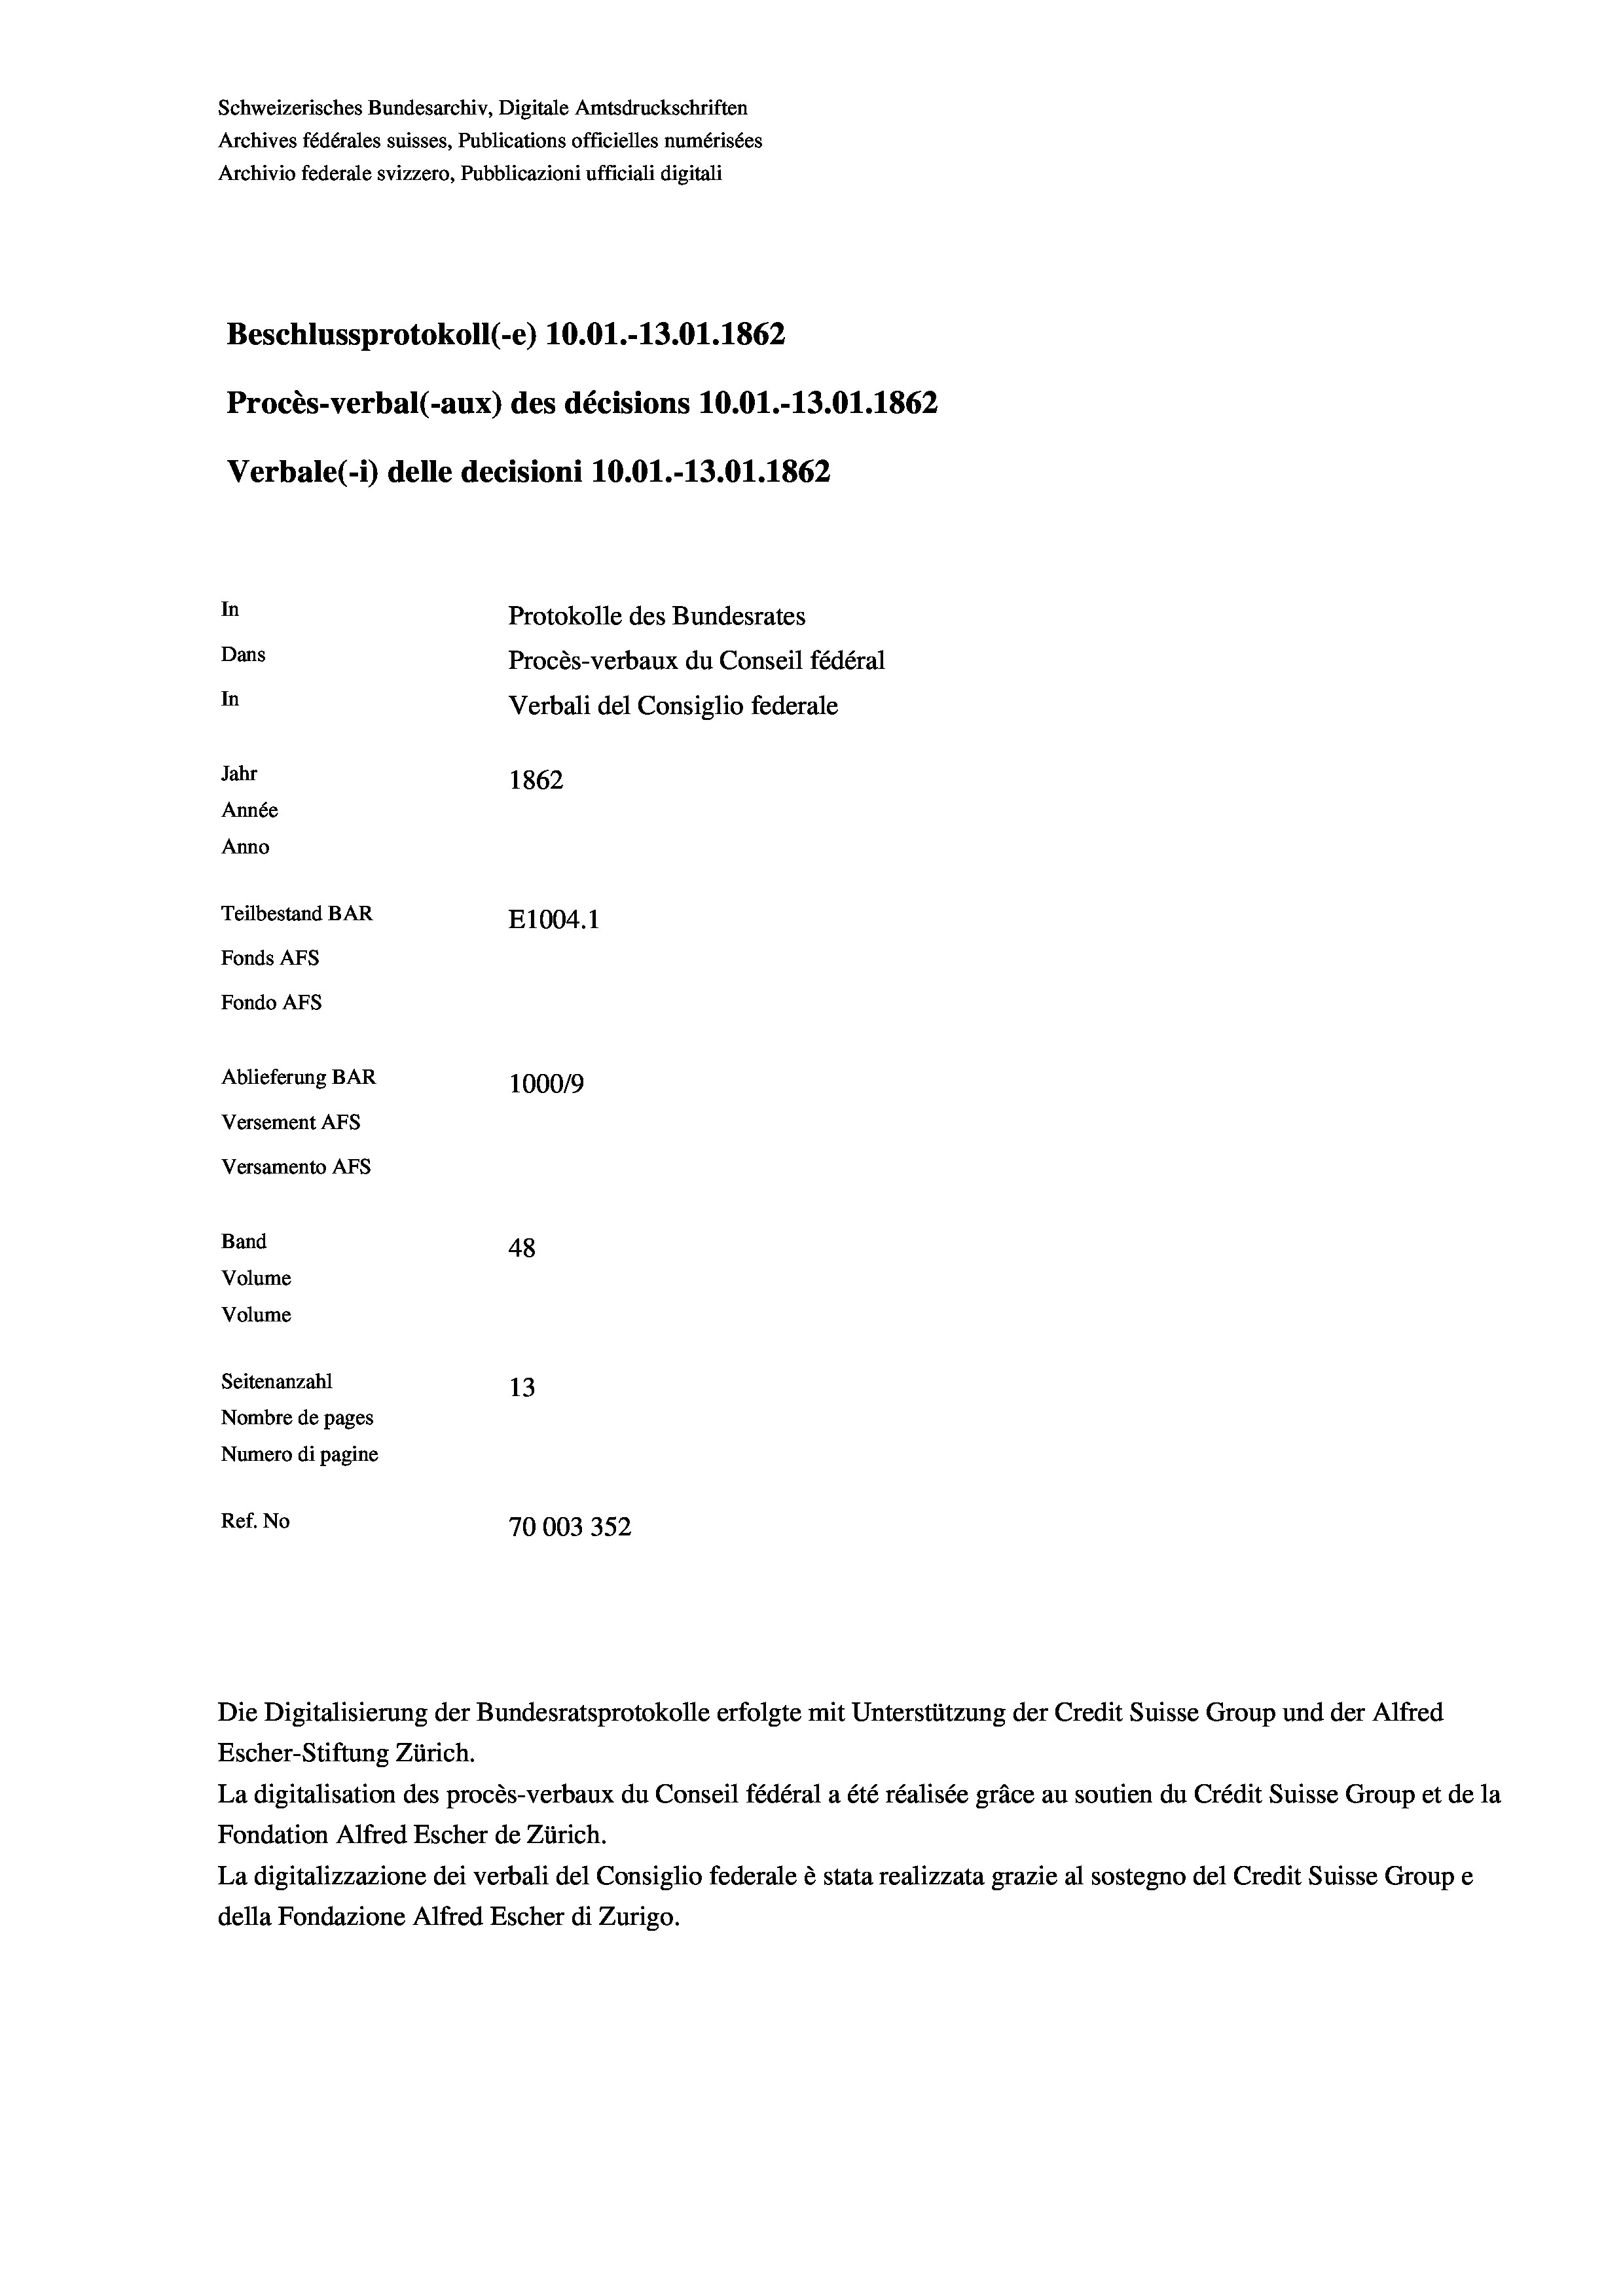
Schweizerisches Bundesarchiv, Digitale Amtsdruckschriften
Archives fédérales suisses, Publications officielles numérisées
Archivio federale svizzero, Pubblicazioni ufficiali digitali
Beschlussprotokoll (-e) 10.01.-13.01. 1862
Procès-verbal (-aux) des décisions 10.01.-13.01. 1862
Verbale (i) delle decisioni 10.01.-13.01. 1862
In
Protokolle des Bundesrates
Dans
Procès-verbaux du Conseil fédéral
In
Verbali del Consiglio federale
Jahr
1862
Année
Anno
Teilbestand BAR
E1004. 1
Fonds AFs
Fondo AFs
Ablieferung BAR
100019
Versement AFs
Versamento Afs
Band
48
Volume
Volume
Seitenanzahl
13
Nombre de pages
Numero di pagine
Ref. No
70003352

Escher-Stiftung Zürich.
La digitalisation des procès-verbaux du Conseil fédéral a été réalisée gräce au soutien du Crédit Suisse Group et de la
Fondation Alfred Escher de Zürich.
La digitalizzazione dei verbali del Consiglio federale è stata realizzata grazie al sostegno del Credit Suisse Groupe
della Fondazione Alfred Escher di Zurigo.

Die Digitalisierung der Bundesratsprotokolle erfolgte mit Unterstützung der Credit Suisse Group und der Alfred